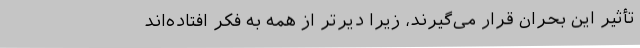
تأثیر این بحران قرار می‌گیرند، زیرا دیرتر از همه به فکر افتاده‌اند